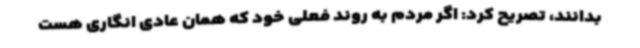
بدانند، تصریح کرد: اگر مردم به روند فعلی خود که همان عادی انگاری هست